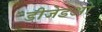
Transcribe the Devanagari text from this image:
डीजेडओ